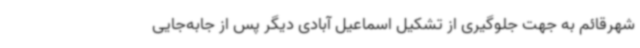
شهرقائم به جهت جلوگیری از تشکیل اسماعیل آبادی دیگر پس از جابه‌جایی